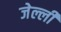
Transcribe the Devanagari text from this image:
जेल्ली